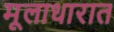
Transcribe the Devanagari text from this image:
मूलाधारात